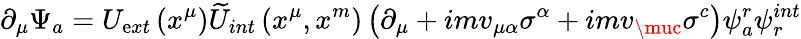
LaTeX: \partial_{\mu}\Psi_{a}=U_{\mathrm{e}xt}\left(x^{\mu}\right)\widetilde{{U}}_{int}\left(x^{\mu},x^{m}\right)\left(\partial_{\mu}+imv_{\mu\alpha}\sigma^{\alpha}+imv_{\muc}\sigma^{c}\right)\psi_{a}^{r}\psi_{r}^{int}